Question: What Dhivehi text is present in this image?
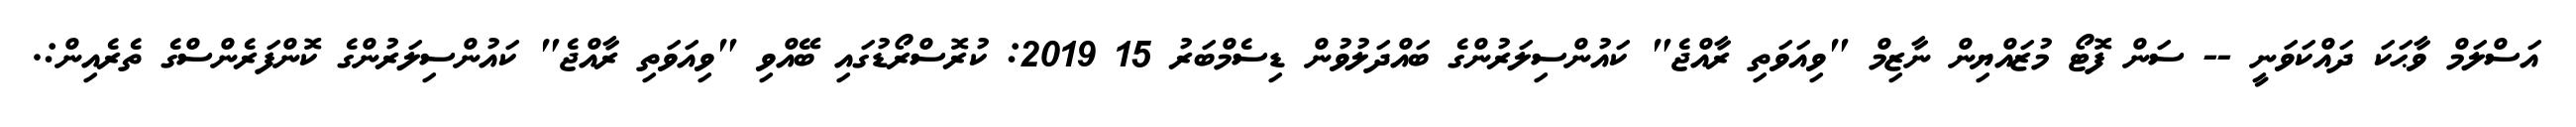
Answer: އަސްލަމް ވާޙަކަ ދައްކަވަނީ -- ސަން ފޮޓޯ މުޒައްޔިން ނާޒިމް "ވިއަވަތި ރާއްޖެ" ކައުންސިލަރުންގެ ބައްދަލުވުން ޑިސެމްބަރު 15 2019: ކުރޮސްރޯޑުގައި ބޭއްވި "ވިއަވަތި ރާއްޖެ" ކައުންސިލަރުންގެ ކޮންފަރެންސްގެ ތެރެއިން:.